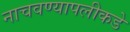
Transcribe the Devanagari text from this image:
नाचवण्यापलीकडे